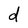
Character: d